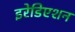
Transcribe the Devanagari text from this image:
इरेडिएशन